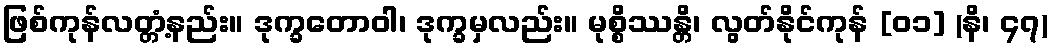
ဖြစ်ကုန်လတ္တံ့နည်း။ ဒုက္ခတောဝါ၊ ဒုက္ခမှလည်း။ မုစ္စိဿန္တိ၊ လွတ်နိုင်ကုန် [၀၁] (နိ၊ ၄၇)